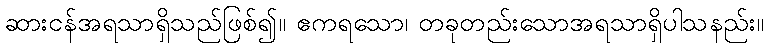
ဆားငန်အရသာရှိသည်ဖြစ်၍။ ဧကရသော၊ တခုတည်းသောအရသာရှိပါသနည်း။